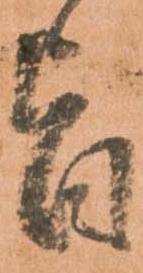
旨